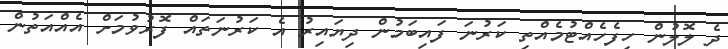
ދެ ލޮލުން ހިފެހެއްޓުމެއްތި ކަރުނަ ފައިބަމުން ދިޔައިރު އެ ކަރުނަތައް ފޮރުވުމަށް އެއްއަތުން